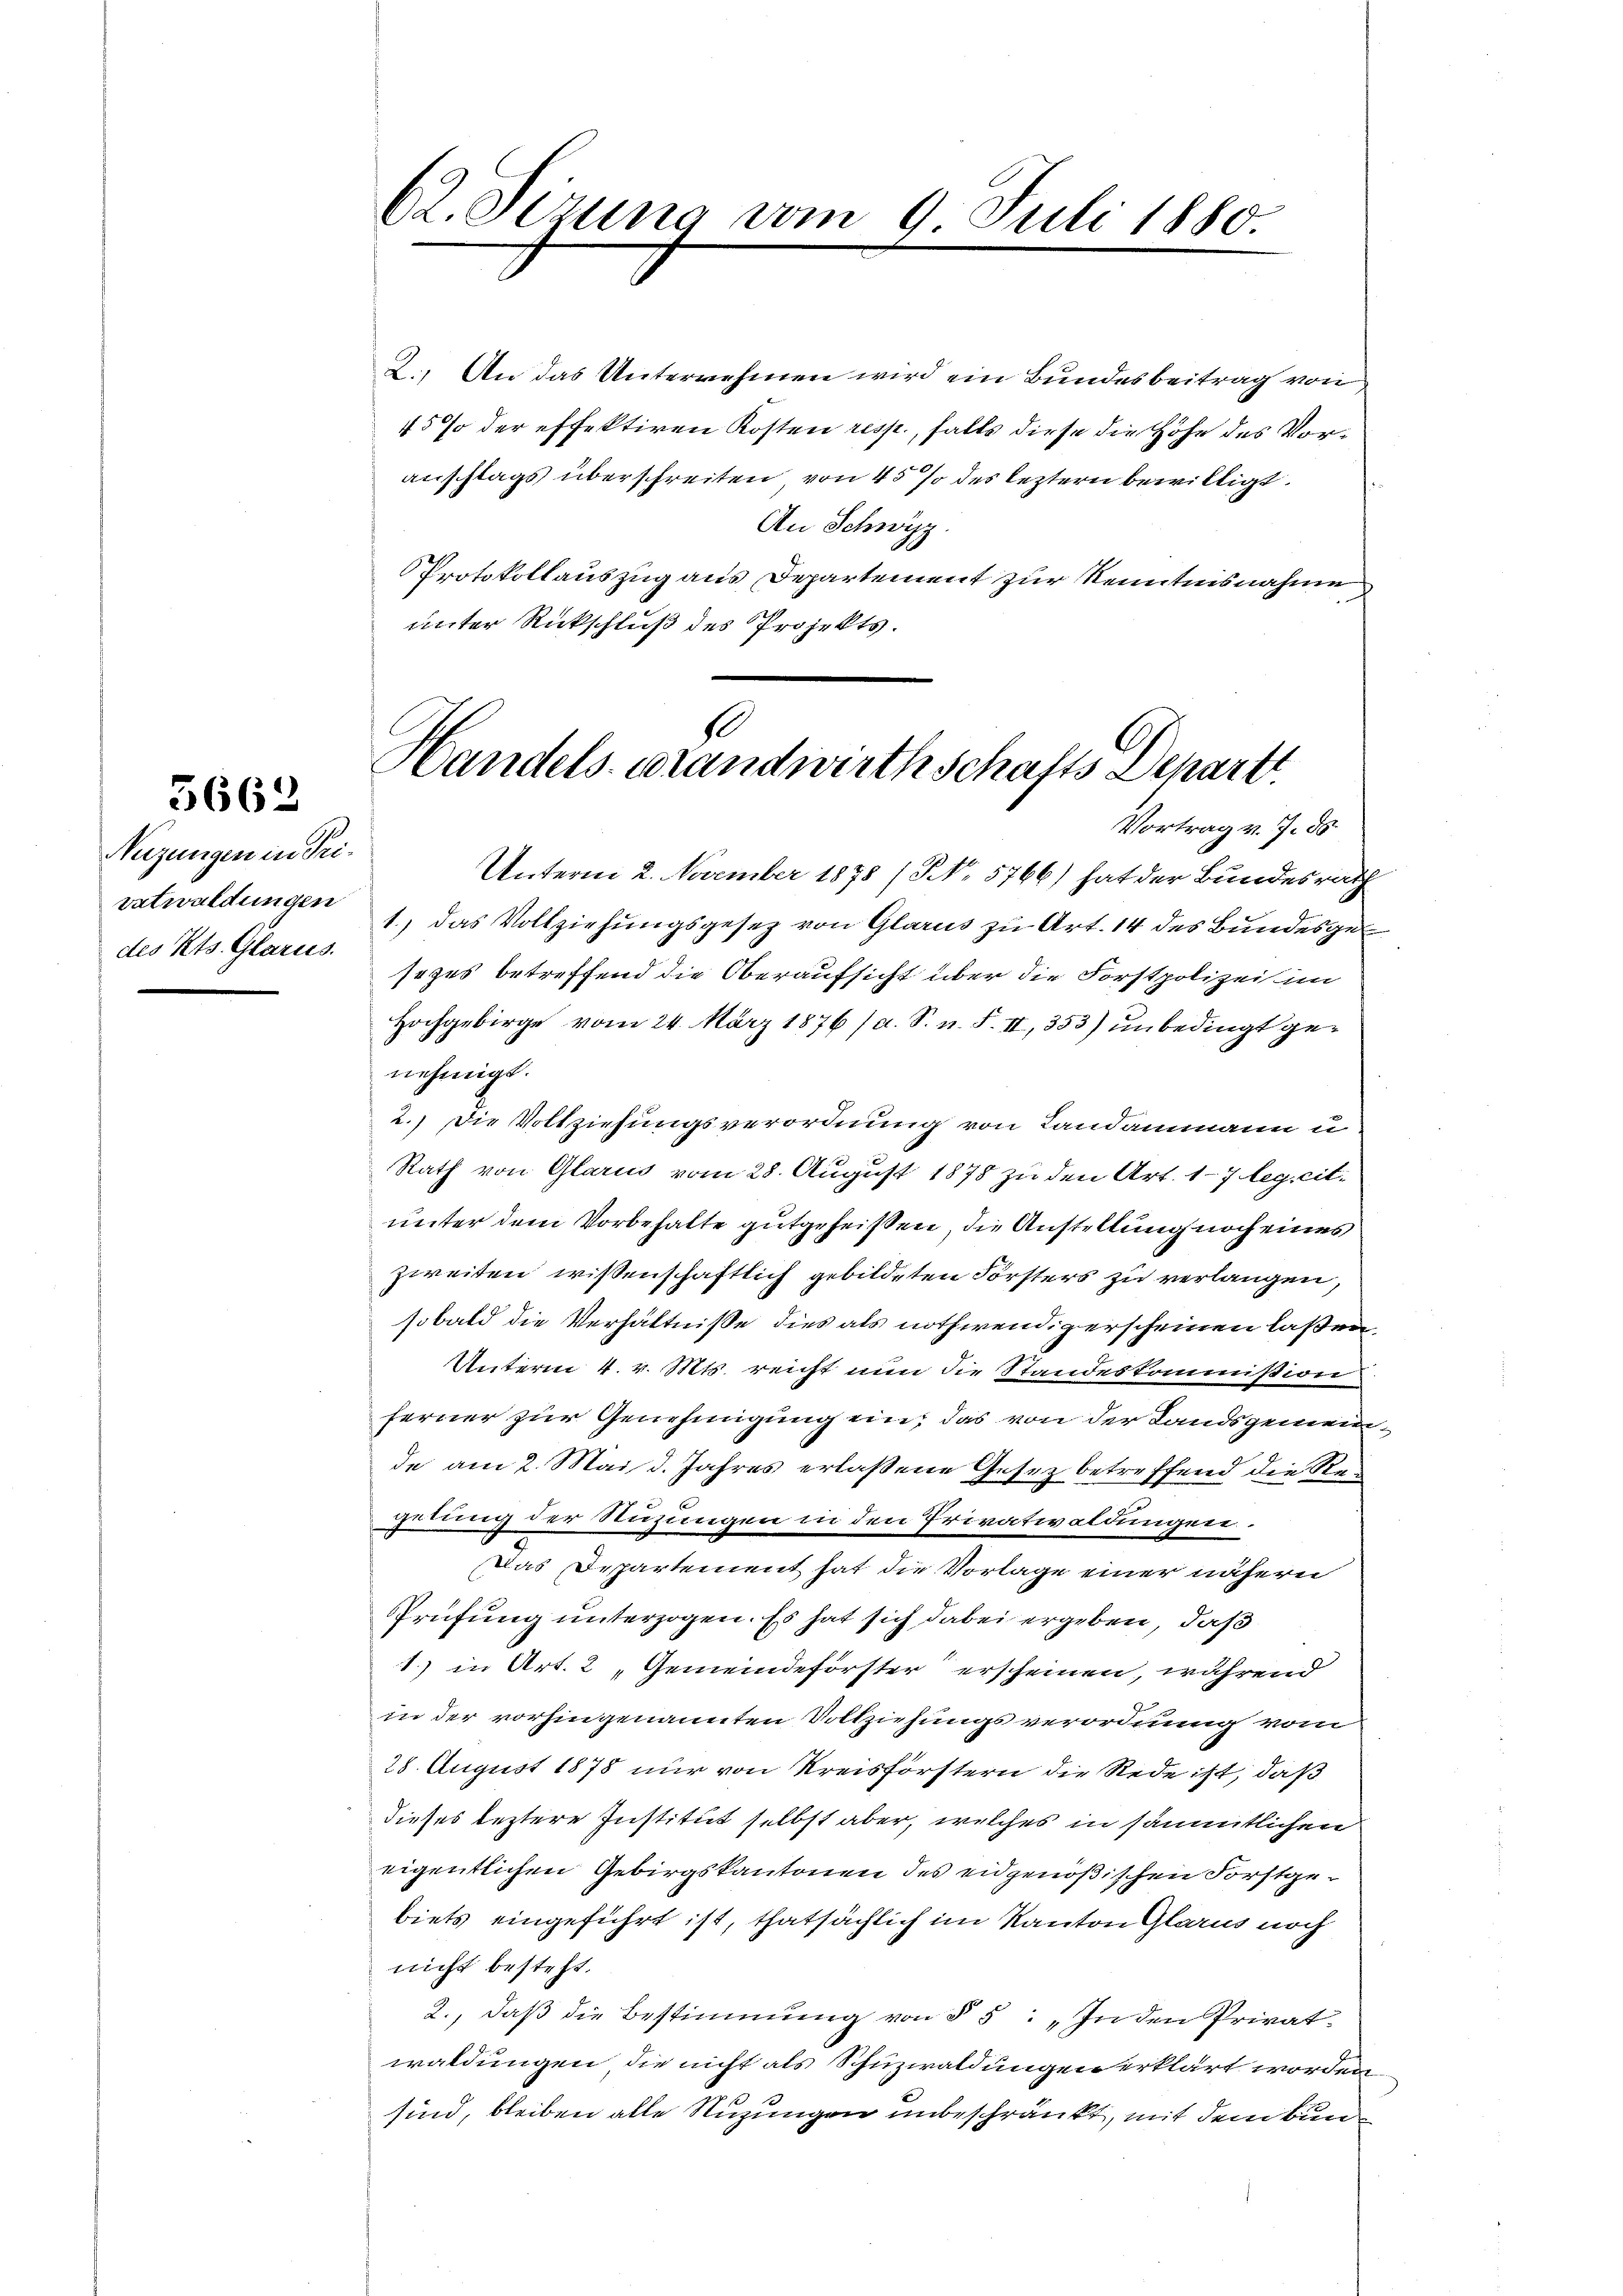
5662

Nuzungen in Privatwaldungen
des Kts. Glarus.

62. Sizung vom 9. Juli 1880

2. An das Unternehmen wird ein Bundesbeitrag von
45 % der effektiren Kosten resp., falls diese die Höhe des Vorauschlags überschreiten von 45 % des leztern bewilligt.
An Schwyz.
Protokollauszug aus Departement zur Kenntnisnahme
unter Rückschluß des Projekts.

s
Handels-Brandwirthschafts Depart

Vortrag v. J. ds
Unterm 2. November 1878 / No. 5766) hat der Bundesrath
1.) Das Vollziehungsgesetz von Glarus zu Art. 14 des Bundesgesezes betreffend die Oberaufsicht über die Forstpolizei in
Hochgebirge vom 24. März 1876 (a. S. n. F. II, 353) unbedingt genehmigt.
2.) Die Vollziehungsverordnung von Landammann u
Rath von Glarus vom 28. August 1878 zu den Art. 17 leg. cit-
unter dem Vorbehalte gutgeheißen, die Anstellung noch eines
zweiten wissenschaftlich gebildeten Försters zu verlangen,
sobald die Verhältnisse dies als nothwendigerscheinen laßen¬
Unterm 4. v. Mts. reicht nun die Standeskommission
ferner zur Genehmigung ein, das von der Landsgemeinde am 2. Mai d. Jahres erlassene Gesez betreffend die Regelung der Stuzungen in den Privatwaldungen.
Das Departement hat die Vorlage einer nähern
Prüfung unterzogen. Es hat sich dabei ergeben, daß
1) in Art. 2 „Gemeindeförster erscheinen, während
in der vorhingenannten Vollziehungsverordnung vom
28. August 1878 nur von Kreisförstern die Rede ist, daß
dieses leztere Institut selbst aber, welches in sämmtlichen
eigentlichen Gebirgskantonen des eidgenößischen Forstgebiets eingeführt ist, thatsächlich im Kanton Glarus noch
nicht besteht.
2., daβ die Bestimmung von § 5: „In den Privat
waldungen die nicht als Schuzwaldungen erklärt worden,
sind, bleiben alle Nuzungen unbeschränkt, mit dem Bun¬